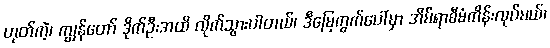
ဟုတ်ကဲ့၊ ကျွန်တော် ဒိုက်ဦးအထိ လိုက်သွားပါတယ်၊ ဒီမြေကွက်ပေါ်မှာ အိမ်ရာစီမံကိန်းလုပ်မယ်၊